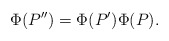
\begin{align*}\Phi(P'')=\Phi(P')\Phi(P).\end{align*}